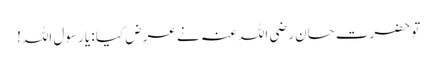
تو حضرت حسان رضی اللہ عنہ نے عرض کیا : یا رسول اللہ!